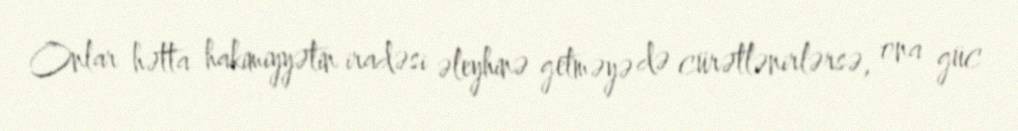
Onlar hətta hakimiyyətin iradəsi əleyhinə getməyə də cürətlənirlərsə, ona güc